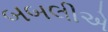
બબલીએ